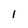
Character: 1